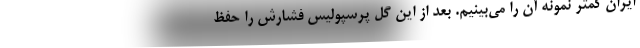
ایران کمتر نمونه آن را می‌بینیم. بعد از این گل پرسپولیس فشارش را حفظ